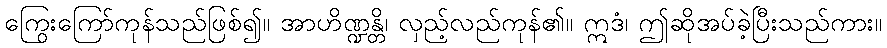
ကြွေးကြော်ကုန်သည်ဖြစ်၍။ အာဟိဏ္ဍန္တိ၊ လှည့်လည်ကုန်၏။ ဣဒံ၊ ဤဆိုအပ်ခဲ့ပြီးသည်ကား။